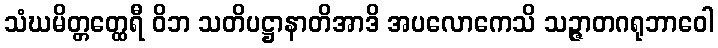
သံဃမိတ္တတ္ထေရီ ဝိဘ သတိပဋ္ဌာနာတိအာဒိ အပလောကေသိ သဉ္ဇာတဂရုဘာဝေါ